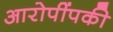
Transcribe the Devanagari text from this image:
आरोपींपकी